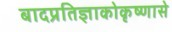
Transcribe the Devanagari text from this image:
बादप्रतिज्ञाकोकृष्णासे